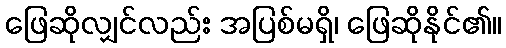
ဖြေဆိုလျှင်လည်း အပြစ်မရှိ၊ ဖြေဆိုနိုင်၏။